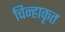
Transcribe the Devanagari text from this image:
चिन्हाकृत